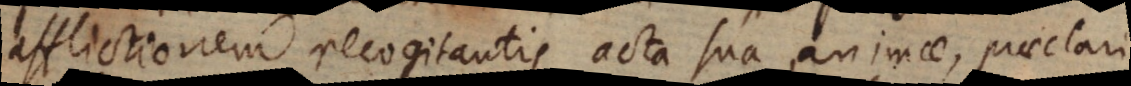
afflictionem recogitantis acta sua animae, praeclari